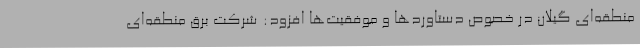
منطقه‌ای گیلان در خصوص دستاوردها و موفقیت‌ها افزود: شرکت برق منطقه‌ای